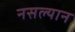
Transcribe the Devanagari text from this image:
नसल्यान